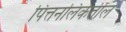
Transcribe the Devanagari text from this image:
पित्तनलिकेतील